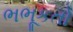
ભભૂકતો